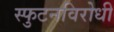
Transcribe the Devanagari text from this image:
स्‍फुटनविरोधी